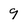
Character: 9